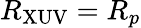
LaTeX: R_{\mathrm{XUV}}=R_{p}